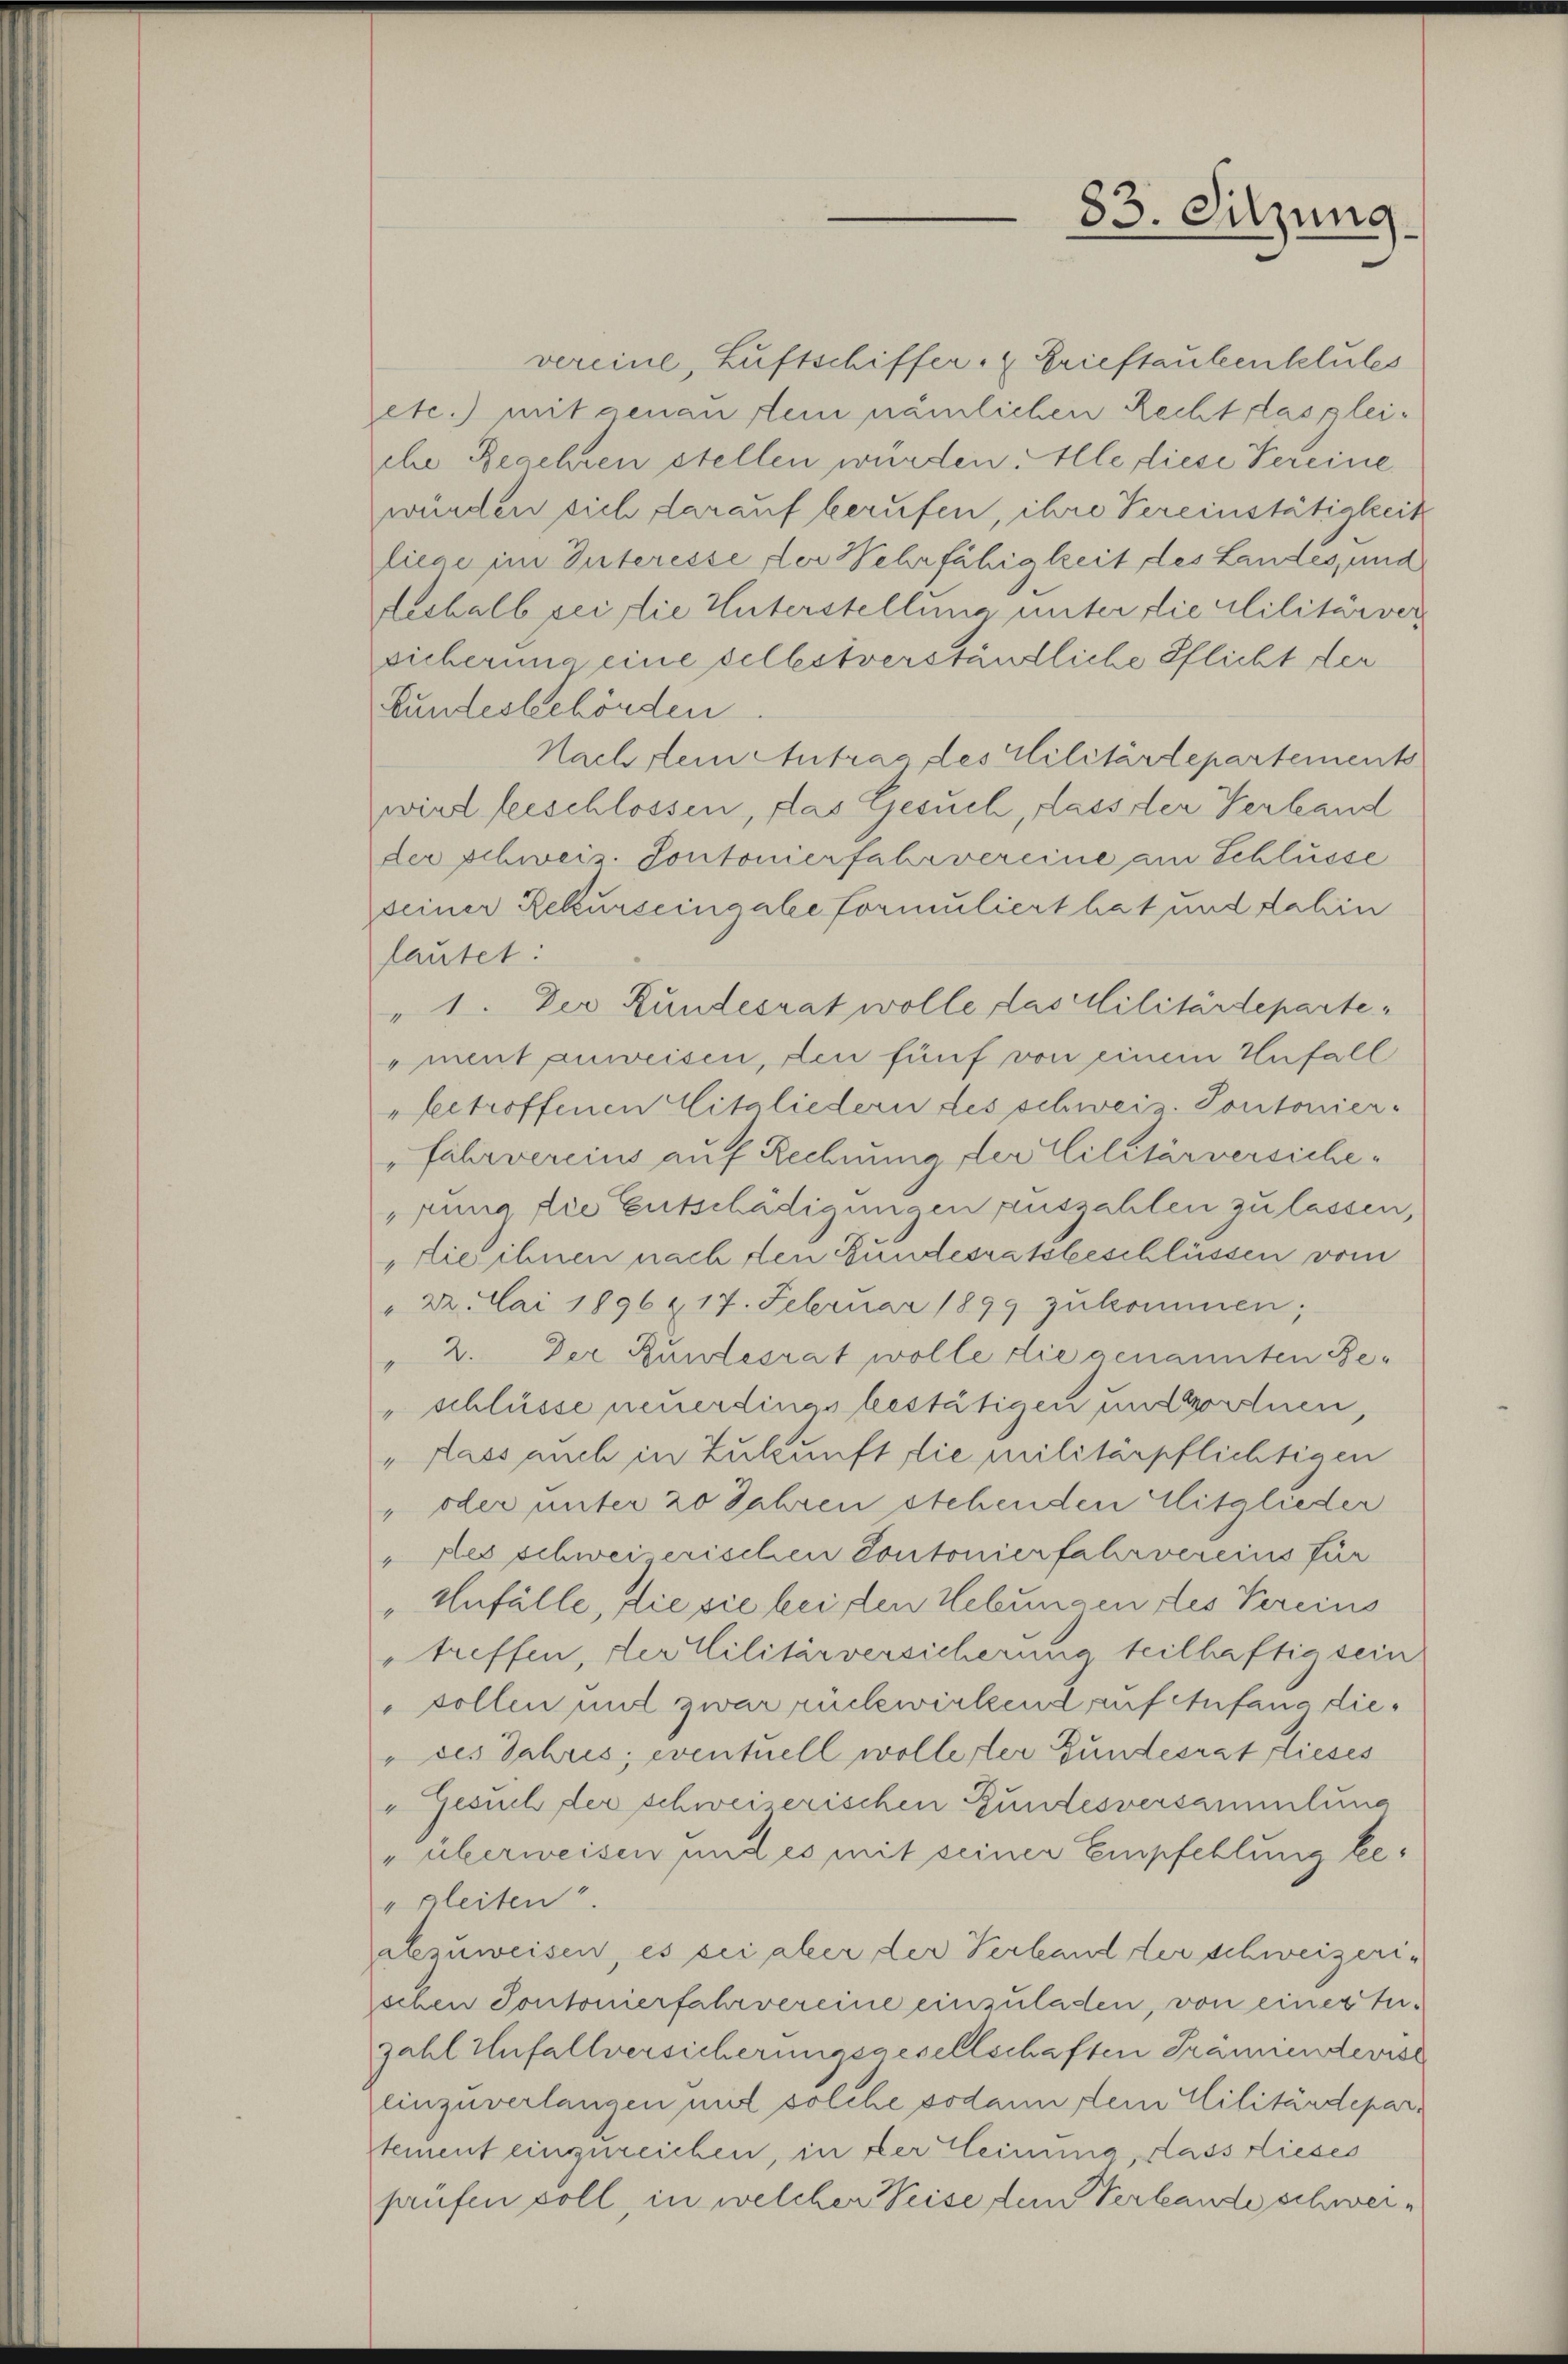
83. Sitzung

vereine, Luftschiffer, Brieftaubenklutes
zete.) mit genaufein nämlichen Rechtlasgleiehe Beschren stellen würden: Alle diese Vereine
würden sich darauf berufen, ihre Vereinstätigkeit
liege im Interesse der Wehrfähigkeit des Landes, und
Inhalb ei die Unterstellung unter die clilitärverpicherung eine selbstverständliche Pflicht der
Bundesbehörden
Nachstein Antrag des Militärdepartements
wird leischlossen, das Gesuch, dass der Verland
der Schweiz. Sontonierfahrvereine am Schlüsse
seiner Rekurseingabe formuliert hat und dahin
lautet:
" 1. Der Bundesrat wolle das Militärtepartementanweisen, den fünf von einem Unfall
betroffenen Mitgliedern des schweiz. Pontonier-
fahrvereins auf Rechnung der Militärversichefung die Entschädigungen auszahlen zu lassen,
„die ihnen nach den Bundesratsbeschlüssen vom
" 22. Mai 1896 & 17. Februar 1899 zŭkommen;
" 2. Der Bundesrat wolle die genannten Be¬
" schlüsse neuerdings bestätigen und wordnen,
„dass auch in Zukunft, die militärpflichtigen
" oder unter 20 Jahren stehenden Mitglieder
"Des schwei erischen Contonierfahrvereins für
"Anfülle, die sie bei den Uebungen des Vereins
treffen, der Militärversicherung teilhaftig sein
sollen und zwar rückwirkend auf Anfang die¬
" des Jahres; eventuell wolleter Gundesrat dieses
"Gesuch der schweiserischen Gundesversammlung
" überweisen und es mit seiner Empfehlung be¬
"gleiten.
abzuweisen, es sie aber der Verband der schweizerischen Sontonierfahrvereine einzuladen, von einer Terzahl Unfallversicherungsgesellschaften Prämiendevise
einzuverlangen und solche sodann dem Cilitärdepar-
stement einzureichen, in der Heima, dass dieses
prüfen soll, in welcher Weise dem Verbande schwei¬